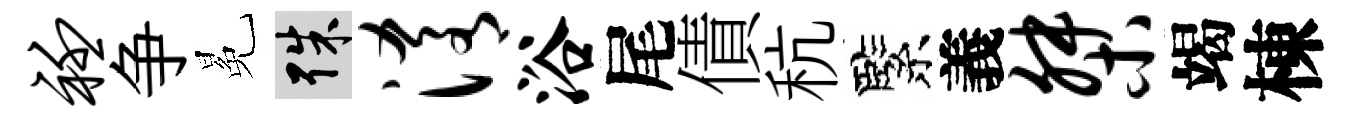
衽争冕殊淆浴尾債秔緊義桀竭棟